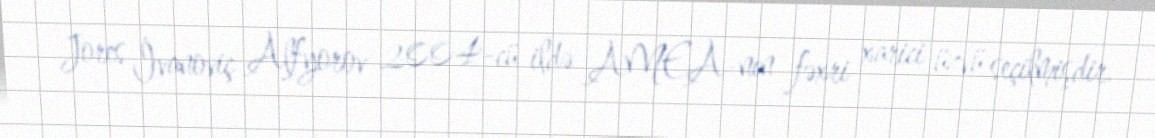
Jores İvanoviç Alfyorov 2004-cü ildə AMEA-nın fəxri xarici üzvü seçilmişdir.